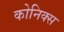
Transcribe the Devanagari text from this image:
कोनिक्स